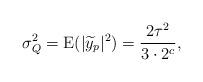
LaTeX: \begin{align*}\sigma_Q^2=\mathrm{E}(|\widetilde{y}_p|^2)=\frac{2\tau^2}{3\cdot 2^c},\end{align*}